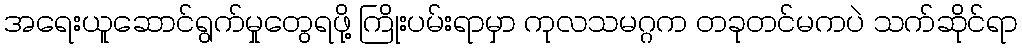
အရေးယူဆောင်ရွက်မှုတွေရဖို့ ကြိုးပမ်းရာမှာ ကုလသမဂ္ဂက တခုတင်မကပဲ သက်ဆိုင်ရာ